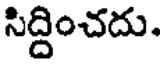
సిద్దించదు.